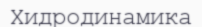
Хидродинамика